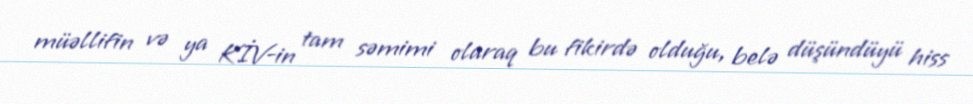
müəllifin və ya KİV-in tam səmimi olaraq bu fikirdə olduğu, belə düşündüyü hiss